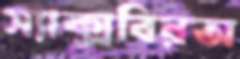
স্যাক্সবিরঅ